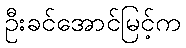
ဦးခင်အောင်မြင့်က